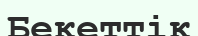
Бекеттік